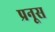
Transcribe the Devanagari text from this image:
प्रनूस